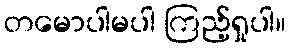
တမောပါမပါ ကြည့်ရှုပါ။